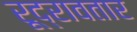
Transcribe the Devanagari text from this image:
रूद्रावतार